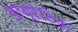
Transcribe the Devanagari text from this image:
डायूरेटिक